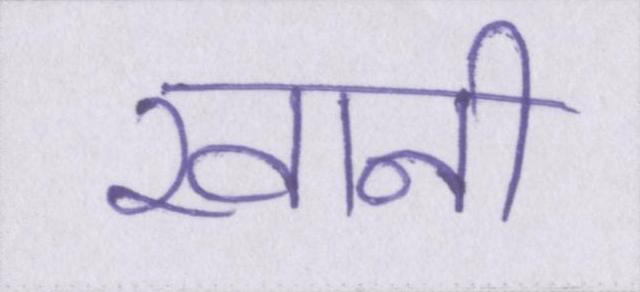
खानी